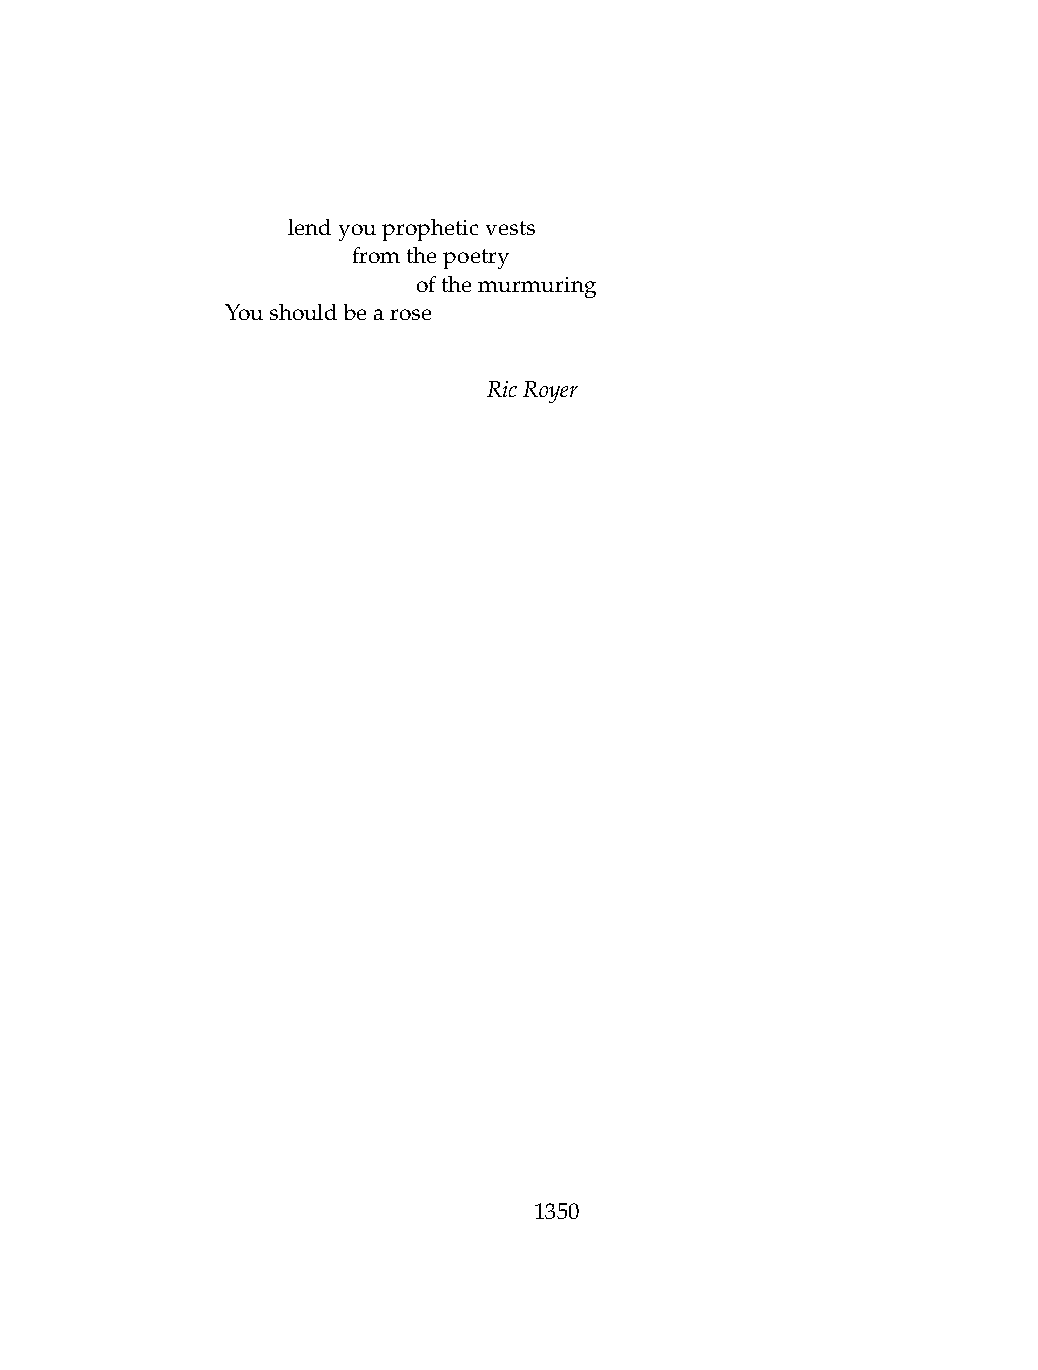
.   lendyoupropheticvests
 .   .   fromthepoetry
 .   .   .    ofthemurmuring
 Youshouldbearose
 RicRoyer
 1350